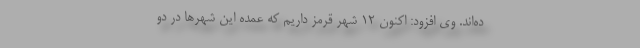
ده‌اند. وی افزود: اکنون ۱۲ شهر قرمز داریم که عمده این شهرها در دو